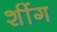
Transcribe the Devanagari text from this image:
शींग